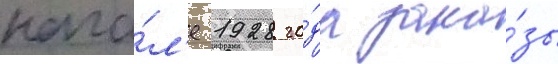
нача́л'е 1928 го́да зака́зы